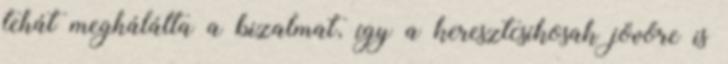
tehát meghálálta a bizalmat, így a keresztcsíkosak jövőre is